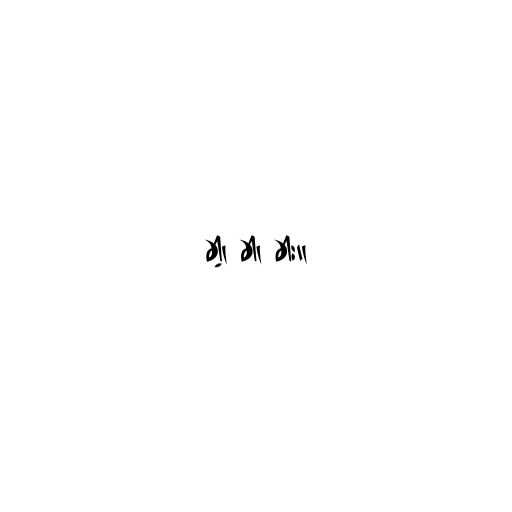
ခါ့၊ ခါ၊ ခါး။